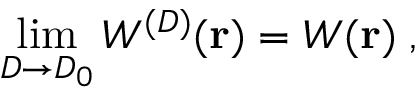
\operatorname * { l i m } _ { { D } \rightarrow { D _ { 0 } } } W ^ { ( { D } ) } ( { \bf r } ) = W ( { \bf r } ) \; ,